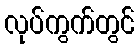
လုပ်ကွက်တွင်